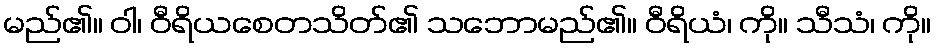
မည်၏။ ဝါ၊ ဝီရိယစေတသိတ်၏ သဘောမည်၏။ ဝီရိယံ၊ ကို။ သီသံ၊ ကို။